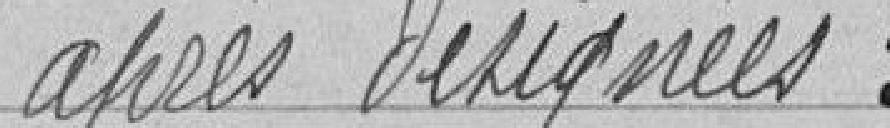
après désignées :